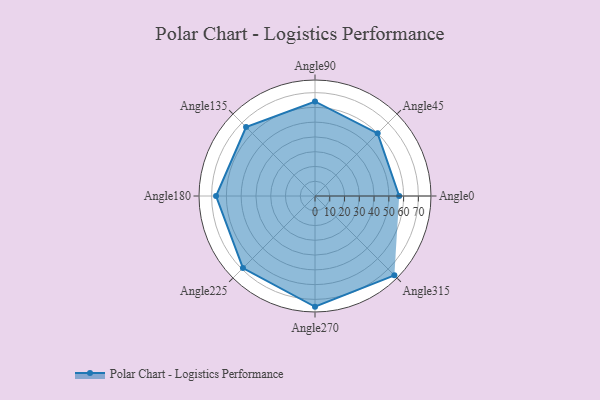
{"axis": {"x": "Angle", "y": "Radius"}, "legend": [""], "data": [{"x": "Angle0", "y": 57.0, "type": ""}, {"x": "Angle45", "y": 60.0, "type": ""}, {"x": "Angle90", "y": 64.0, "type": ""}, {"x": "Angle135", "y": 66.0, "type": ""}, {"x": "Angle180", "y": 67.0, "type": ""}, {"x": "Angle225", "y": 69.0, "type": ""}, {"x": "Angle270", "y": 75.0, "type": ""}, {"x": "Angle315", "y": 76.0, "type": ""}]}